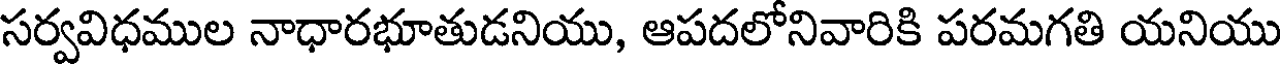
సర్వవిధముల నాధారభూతుడనియు, ఆపదలోనివారికి పరమగతి యనియు